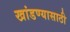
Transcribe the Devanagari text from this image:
खांडण्यासाठी